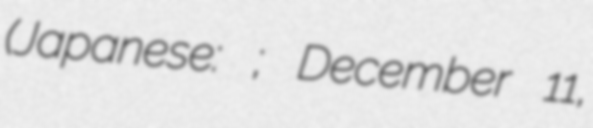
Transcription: (Japanese: 瀬沼夏葉; December 11,